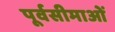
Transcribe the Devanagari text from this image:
पूर्वसीमाओं